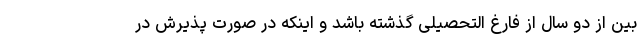
بین از دو سال از فارغ التحصیلی گذشته باشد و اینکه در صورت پذیرش در